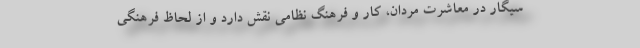
سیگار در معاشرت مردان، کار و فرهنگ نظامی نقش دارد و از لحاظ فرهنگی